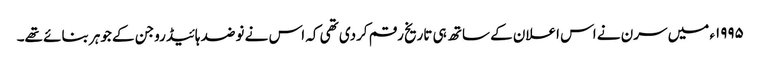
١٩٩٥ء میں سرن نے اس اعلان کے ساتھ ہی تاریخ رقم کردی تھی کہ اس نے نو ضد ہائیڈروجن کے جوہر بنائے تھے۔